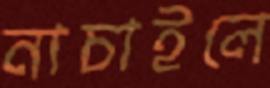
নাচাইলে